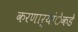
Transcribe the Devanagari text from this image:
करणार्यांेकडेे